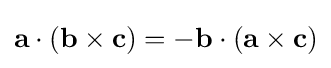
\mathbf {a} \cdot (\mathbf {b\times c} )=-\mathbf {b} \cdot (\mathbf {a\times c} )